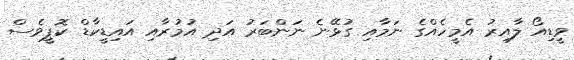
ވީޑިއޯ ލާއިރު އެމީހެއްގެ ނަމާއި ގުޅޭނެ ނަންބަރު އަދި އުމުރާއި އައިޑީކާޑް ކޮޕީވެސް